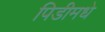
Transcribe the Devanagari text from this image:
पिडीमधे